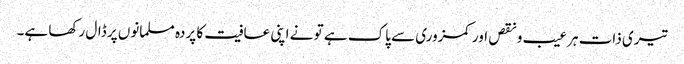
تیری ذات ہر عیب و نقص اور کمزوری سے پاک ہے تو نے اپنی عافیت کا پردہ مسلمانوں پر ڈال رکھا ہے۔